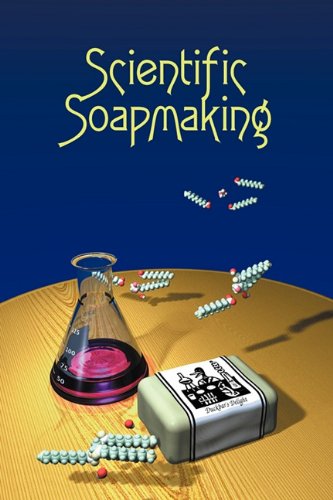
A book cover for Scientific Soapmaking: The Chemistry of the Cold Process; Kevin M. Dunn; Engineering & Transportation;